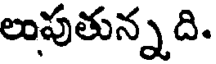
లుపుతున్నది.